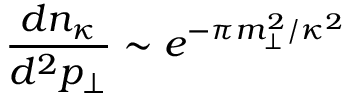
\frac { d n _ { \kappa } } { d ^ { 2 } p _ { \perp } } \sim e ^ { - \pi m _ { \perp } ^ { 2 } / \kappa ^ { 2 } }